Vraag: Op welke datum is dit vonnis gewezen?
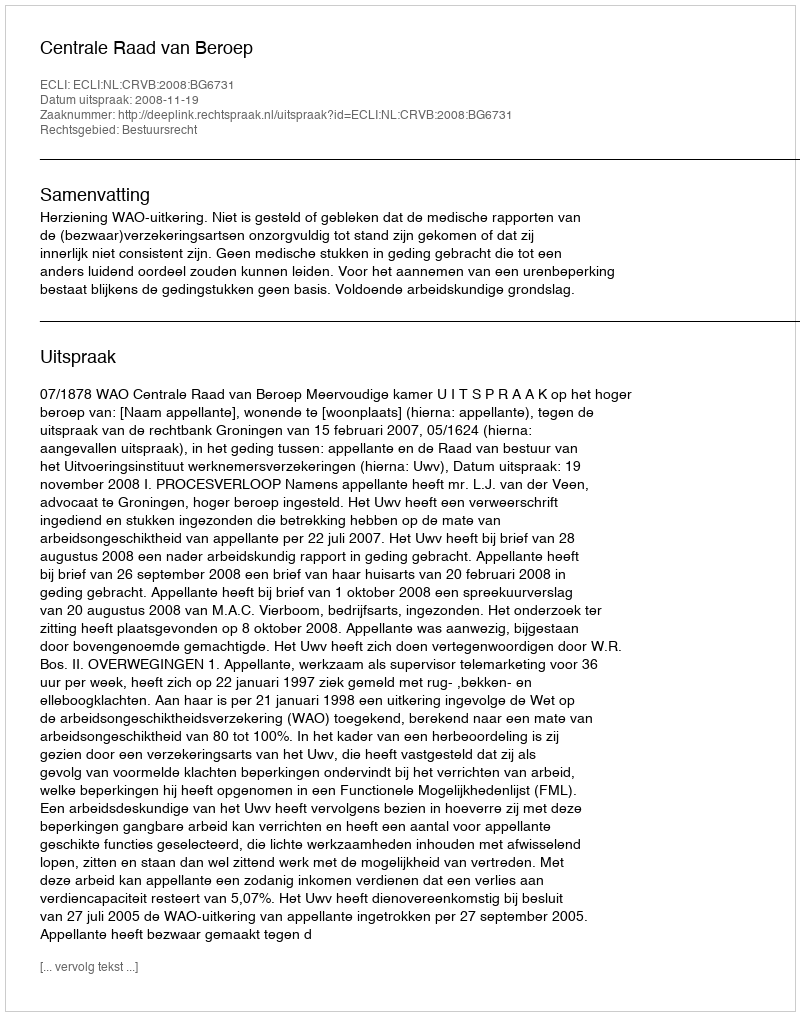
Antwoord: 2008-11-19